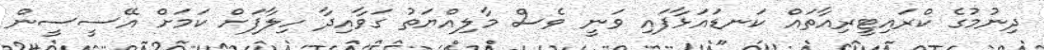
ދިނުމުގެ ކްރައިޓީރިއާތައް ކަނޑައަޅާފައި ވަނީ ވެސް މާލިއްޔަތު ގަވާއިދާ ހިލާފަށް ކަމަށް އޭސީސީން